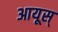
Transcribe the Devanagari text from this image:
आयूस्‌